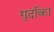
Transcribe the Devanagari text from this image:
गुर्दाका